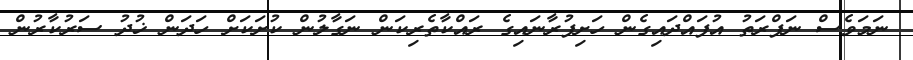
ނަމަވެސް ނަފްރަތު އުފައްދައިގެން ހަށިފުރާނައިގެ ރައްކާތެރިކަން ނަގާލުން ކުށަކަށް ހަދަން ޚުދު ސަރުކާރުން